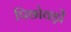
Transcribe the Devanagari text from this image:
पिछोवड़ों